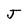
Character: J